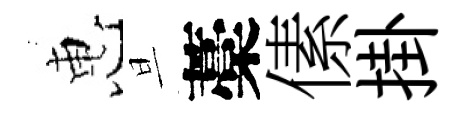
惠旦藁傃掛